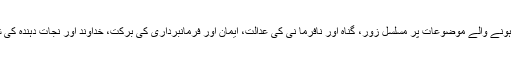
جیسا کہ خُدا کے نجات بخش مقاصد اور منصوبہ بائبل میں واضح ہوتا ہے، ویسے ہی بار بار واقع ہونے والے موضوعات پر مسلسل زور، گناہ اور نافرما نی کی عدالت، ایمان اور فرمانبرداری کی برکت، خُداوند اور نجات دہندہ کی شخصیت اور گناہ کے لئے اُس کی قربانی، اور آئندہ آنے والی بادشاہت اورجلال خُدا کے کردار ہیں۔